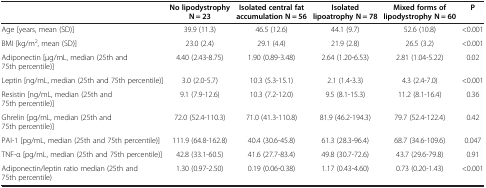
<table><thead><tr><td><b> </b></td><td><b>No lipodystrophy N = 23</b></td><td><b>Isolated central fat accumulation N = 56</b></td><td><b>Isolated lipoatrophy N = 78</b></td><td><b>Mixed forms of lipodystrophy N = 60</b></td><td><b>P</b></td></tr></thead><tbody><tr><td>Age [years, mean (SD)]</td><td>39.9 (11.3)</td><td>46.5 (12.6)</td><td>44.1 (9.7)</td><td>52.6 (10.8)</td><td>&lt;0.001</td></tr><tr><td>BMI [kg/m<sup>2</sup>, mean (SD)]</td><td>23.0 (2.4)</td><td>29.1 (4.4)</td><td>21.9 (2.8)</td><td>26.5 (3.2)</td><td>&lt;0.001</td></tr><tr><td>Adiponectin [μg/mL, median (25th and 75th percentile)]</td><td>4.40 (2.43-8.75)</td><td>1.90 (0.89-3.48)</td><td>2.64 (1.20-6.53)</td><td>2.81 (1.04-5.22)</td><td>0.02</td></tr><tr><td>Leptin [ng/mL, median (25th and 75th percentile)]</td><td>3.0 (2.0-5.7)</td><td>10.3 (5.3-15.1)</td><td>2.1 (1.4-3.3)</td><td>4.3 (2.4-7.0)</td><td>&lt;0.001</td></tr><tr><td>Resistin [ng/mL, median (25th and 75th percentile)]</td><td>9.1 (7.9-12.6)</td><td>10.3 (7.2-12.0)</td><td>9.5 (8.1-15.3)</td><td>11.2 (8.1-16.4)</td><td>0.36</td></tr><tr><td>Ghrelin [pg/mL, median (25th and 75th percentile)]</td><td>72.0 (52.4-110.3)</td><td>71.0 (41.3-110.8)</td><td>81.9 (46.2-194.3)</td><td>79.7 (52.4-122.4)</td><td>0.42</td></tr><tr><td>PAI-1 [pg/mL, median (25th and 75th percentile)]</td><td>111.9 (64.8-162.8)</td><td>40.4 (30.6-45.8)</td><td>61.3 (28.3-96.4)</td><td>68.7 (34.6-109.6)</td><td>0.047</td></tr><tr><td>TNF-α [pg/mL, median (25th and 75th percentile)]</td><td>42.8 (33.1-60.5)</td><td>41.6 (27.7-83.4)</td><td>49.8 (30.7-72.6)</td><td>43.7 (29.6-79.8)</td><td>0.91</td></tr><tr><td>Adiponectin/leptin ratio median (25th and 75th percentile)</td><td>1.30 (0.97-2.50)</td><td>0.19 (0.06-0.38)</td><td>1.17 (0.43-4.60)</td><td>0.73 (0.20-1.43)</td><td>&lt;0.001</td></tr></tbody></table>